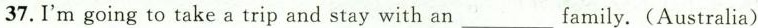
37.I'm going to take a trip and stay with an___ family.(Australia)